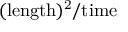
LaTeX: \mathrm { ( l e n g t h ) ^ { 2 } / t i m e }